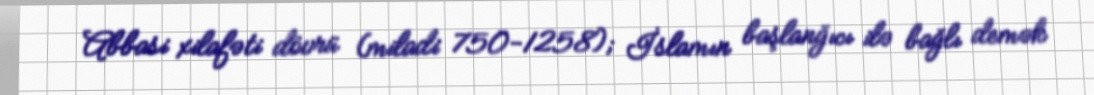
Abbasi xilafəti dövrü (miladi 750-1258); İslamın başlanğıcı ilə bağlı demək